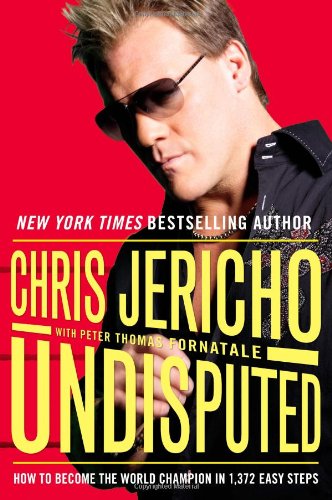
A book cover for Undisputed: How to Become the World Champion in 1,372 Easy Steps; Chris Jericho; Biographies & Memoirs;